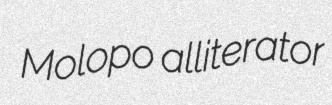
Molopo alliterator